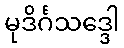
မုဒိင်္ဂသဒ္ဒေါ